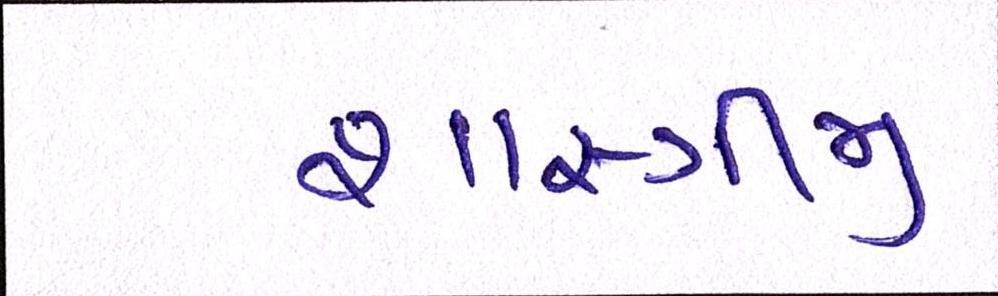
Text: શાસ્ત્રીજી